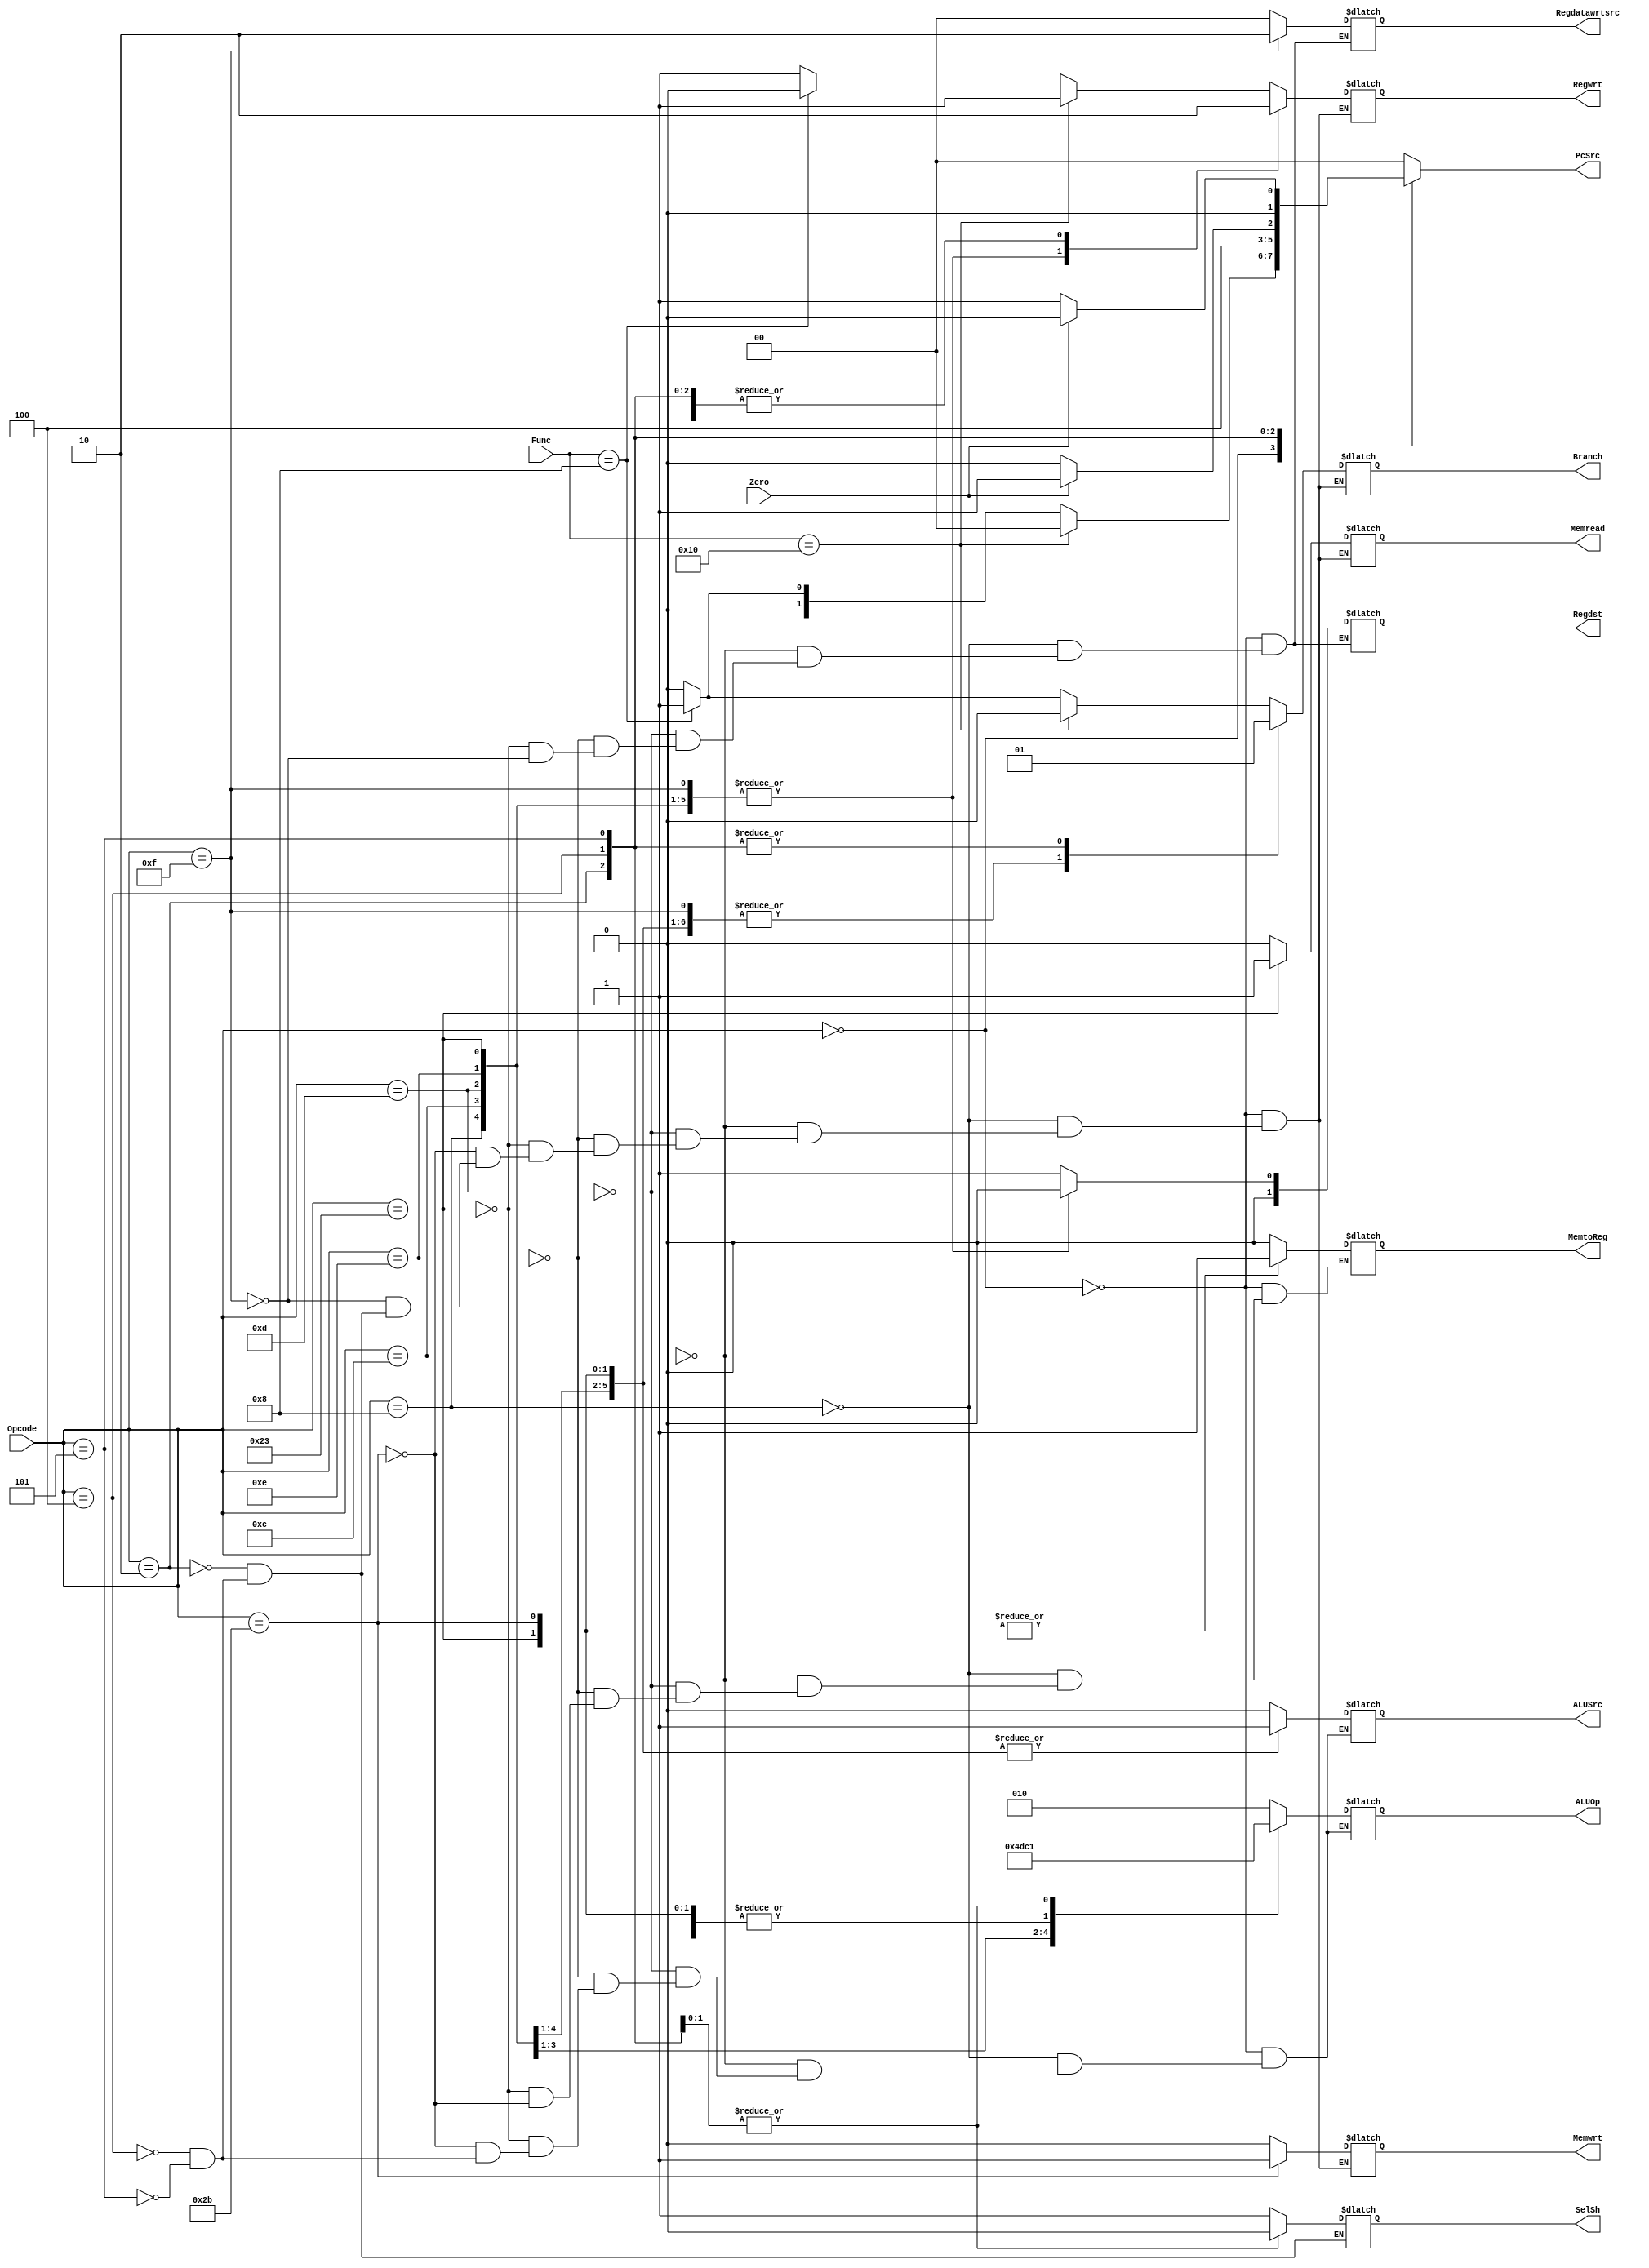
module Controller(input[5:0] Opcode, input [5:0] Func, input Zero, output reg [1:0] Regdst, Regdatawrtsrc,  output reg [2:0] ALUOp,output reg Regwrt, ALUSrc, Memwrt, Memread, MemtoReg, output reg [1:0]PcSrc, output reg Branch, SelSh);
	always@(Opcode, Zero) begin
		 //Regdst = 1'b00; Regdatawrtsrc = 1'b00;  ALUOp=1'b10;Regwrt = 1'b0; ALUSrc =1'b0; Memwrt = 1'b0; Memread = 1'b0; MemtoReg =1'b0; PcSrc= 2'b00; Branch=1'b0; SelSh = 1'b0;
		PcSrc =1'b00;
		case(Opcode)
		6'b000000: begin:R_type 
			Regdst = 2'b01; Regdatawrtsrc = 2'b00; Regwrt = 1'b1; ALUSrc = 1'b0; Memwrt = 1'b0; PcSrc=2'b00; Memread = 1'b0; MemtoReg = 1'b0; ALUOp = 3'b010; Branch = 1'b0;
			if(Func == 6'b001000) begin:JR
				Regwrt = 1'b0; Memwrt = 1'b0; Memread = 1'b0; PcSrc = 1'b11; Branch = 1'b1;
			end
			if(Func == 6'b010000) begin:MFHI
				Regwrt = 1'b1; Memwrt = 1'b0; Memread = 1'b0; ALUOp=3'b010; PcSrc = 1'b00; Branch = 1'b0;Regdst = 2'b01; Regdatawrtsrc = 2'b00;
			end
			if(Func == 6'b010000) begin:MFLO
				Regwrt = 1'b1; Memwrt = 1'b0; Memread = 1'b0; ALUOp=3'b010; PcSrc = 1'b00; Branch = 1'b0;Regdst = 2'b01; Regdatawrtsrc = 2'b00;
			end
		end 
		6'b001000: begin:R_type_immidiate_add
			Regdst = 2'b00; Regdatawrtsrc = 2'b00; Regwrt = 1'b1; ALUSrc = 1'b1;  PcSrc=2'b00; Memwrt = 1'b0; Memread = 1'b0; MemtoReg = 1'b0; ALUOp = 3'b000; Branch = 1'b0;
		end
		6'b001100: begin:R_type_immidiate_and
			Regdst = 2'b00; Regdatawrtsrc = 2'b00; Regwrt = 1'b1; ALUSrc = 1'b1;  PcSrc=2'b00; Memwrt = 1'b0; Memread = 1'b0; MemtoReg = 1'b0; ALUOp = 3'b100; Branch = 1'b0;
		end
		6'b001101: begin:R_type_immidiate_or
			Regdst = 2'b00; Regdatawrtsrc = 2'b00; Regwrt = 1'b1; ALUSrc = 1'b1;  PcSrc=2'b00; Memwrt = 1'b0; Memread = 1'b0; MemtoReg = 1'b0; ALUOp = 3'b110; Branch = 1'b0;
		end
		6'b001110: begin:R_type_immidiate_xor
			Regdst = 2'b00; Regdatawrtsrc = 2'b00; Regwrt = 1'b1; ALUSrc = 1'b1;  PcSrc=2'b00; Memwrt = 1'b0; Memread = 1'b0; MemtoReg = 1'b0; ALUOp = 3'b111; Branch = 1'b0;
		end
		6'b100011: begin:LW
			Regdst = 2'b00; Regdatawrtsrc = 2'b00; Regwrt = 1'b1; ALUSrc = 1'b1; Memwrt = 1'b0; Memread = 1'b1; MemtoReg = 1'b1; ALUOp = 3'b000; Branch = 1'b0; PcSrc=2'b00; 
		end
		6'b101011: begin:SW
			 Regwrt = 1'b0; ALUSrc = 1'b1; Memwrt = 1'b1; Memread = 1'b0; MemtoReg = 1'b1; ALUOp = 3'b000; Branch = 1'b0; PcSrc=2'b00; 
		end
		6'b001111: begin: LUI
			Regdst = 2'b00; Regdatawrtsrc = 2'b10; Regwrt = 1'b1; Memwrt = 1'b0; Memread = 1'b0; Branch = 1'b0; PcSrc=2'b00; 
		end
		6'b000010: begin: J
			Regwrt = 1'b0; Memwrt = 1'b0; Memread = 1'b0; PcSrc = 2'b10;  Branch = 1'b1; SelSh = 1;
		end
		6'b000100: begin: BEQ
			Regwrt = 1'b0; ALUSrc = 1'b0; Memwrt = 1'b0; Memread = 1'b0; PcSrc = (Zero) ? 2'b01 : 2'b00; ALUOp = 3'b001; Branch = 1'b1; SelSh = 1'b0;
		end
		6'b000101: begin: BNQ
			Regwrt = 1'b0; ALUSrc = 1'b0; Memwrt = 1'b0; Memread = 1'b0; PcSrc = (~Zero) ? 2'b01 : 2'b00; ALUOp = 3'b001; Branch = 1'b1; SelSh = 1'b0;
		end
		
	endcase
  end
endmodule